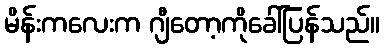
မိန်းကလေးက ဂျီတော့ကိုခေါ်ပြန်သည်။